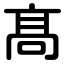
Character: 髙